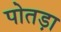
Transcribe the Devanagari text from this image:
पोतड़ा